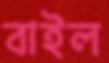
বাইল